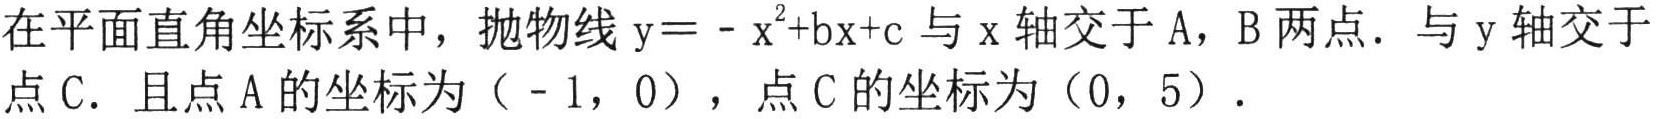
在平面直角坐标系中，抛物线\(y = -x^{2}+bx + c\)与\(x\)轴交于\(A\)，\(B\)两点．与\(y\)轴交于点\(C\)．且点\(A\)的坐标为\(( - 1,0)\)，点\(C\)的坐标为\((0,5)\)．